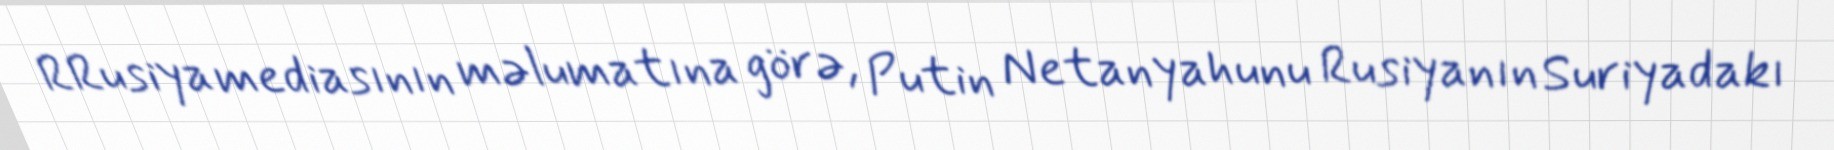
RRusiya mediasının məlumatına görə, Putin Netanyahunu Rusiyanın Suriyadakı